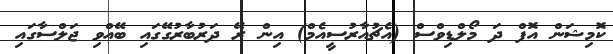
ކޮމިޝަން އޮފް ދަ މޯލްޑިވްސް (އެޗުއާރުސީއެމް) އިން ރޭ ދަރުބާރުގޭގައި ބޭއްވި ޖަލްސާގައި